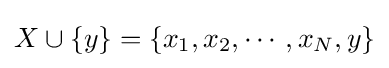
{\textstyle X\cup \{y\}=\left\{x_{1},x_{2},\cdots ,x_{N},y\right\}}